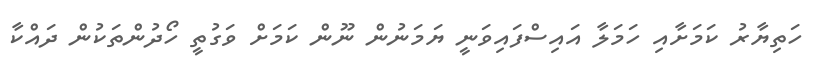
ހަތިޔާރު ކަމަށާއި ހަމަލާ އައިސްފައިވަނީ ޔަމަނުން ނޫން ކަމަށް ވަގުތީ ހޯދުންތަކުން ދައްކާ